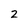
Character: 2